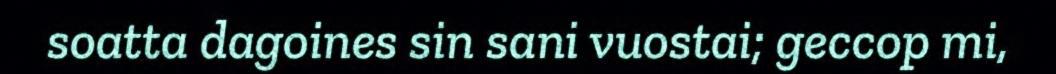
soatta dagoines sin sani vuostai; geccop mi,